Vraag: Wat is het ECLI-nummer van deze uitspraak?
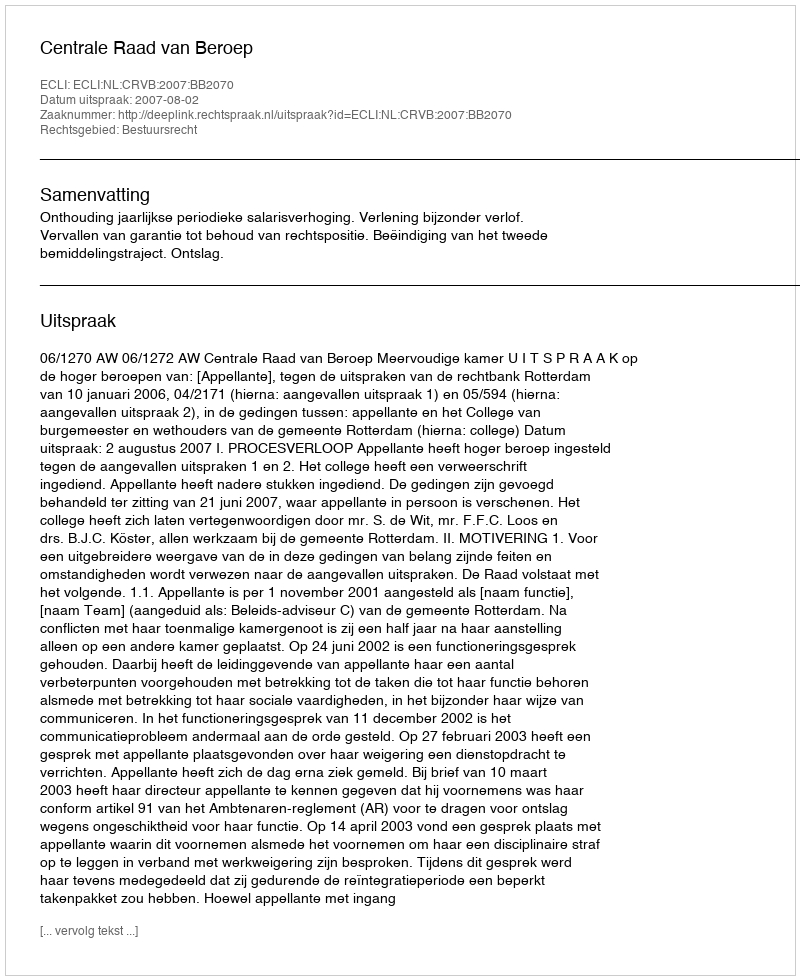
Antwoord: ECLI:NL:CRVB:2007:BB2070